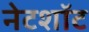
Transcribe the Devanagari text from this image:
नेटशॉट